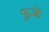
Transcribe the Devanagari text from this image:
फुक्चे